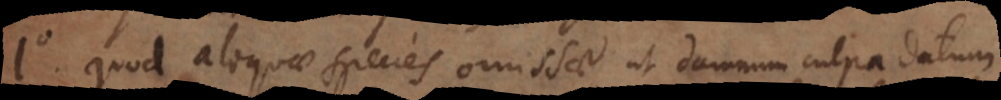
1 quod aliquae species omissae, ut damnum culpa datum.